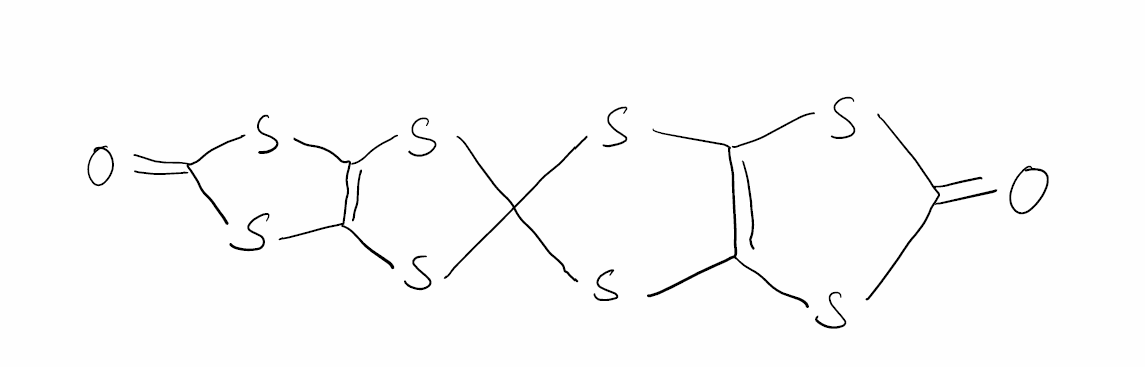
Simplified molecular-input line-entry system (SMILES) notation of the given molecule:
C12=C(SC(=O)S1)SC3(S2)SC4=C(S3)SC(=O)S4